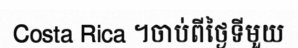
Costa Rica ។ចាប់ពីថ្ងៃទីមួយ